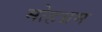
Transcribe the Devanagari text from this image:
मोहभ्रम